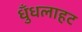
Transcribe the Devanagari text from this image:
धुँधलाहट